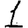
Digit: 1